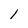
Character: 1